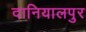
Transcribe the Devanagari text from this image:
दानियालपुर